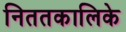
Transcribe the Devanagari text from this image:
निततकालिके